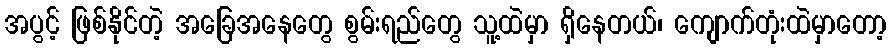
အပွင့် ဖြစ်နိုင်တဲ့ အခြေအနေတွေ စွမ်းရည်တွေ သူ့ထဲမှာ ရှိနေတယ်၊ ကျောက်တုံးထဲမှာတော့